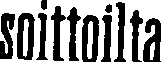
soittoilta